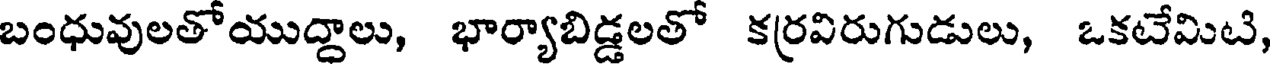
బంధువులతోయుద్దాలు, భార్యాబిడ్డలతో కర్రవిరుగుడులు, ఒకటేమిటి,